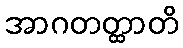
အာဂတတ္ထာတိ